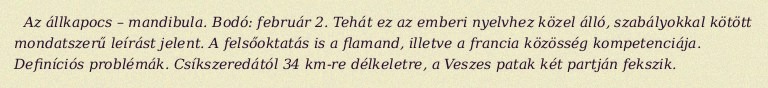
Az állkapocs – mandibula. Bodó: február 2. Tehát ez az emberi nyelvhez közel álló, szabályokkal kötött mondatszerű leírást jelent. A felsőoktatás is a flamand, illetve a francia közösség kompetenciája. Definíciós problémák. Csíkszeredától 34 km-re délkeletre, a Veszes patak két partján fekszik.